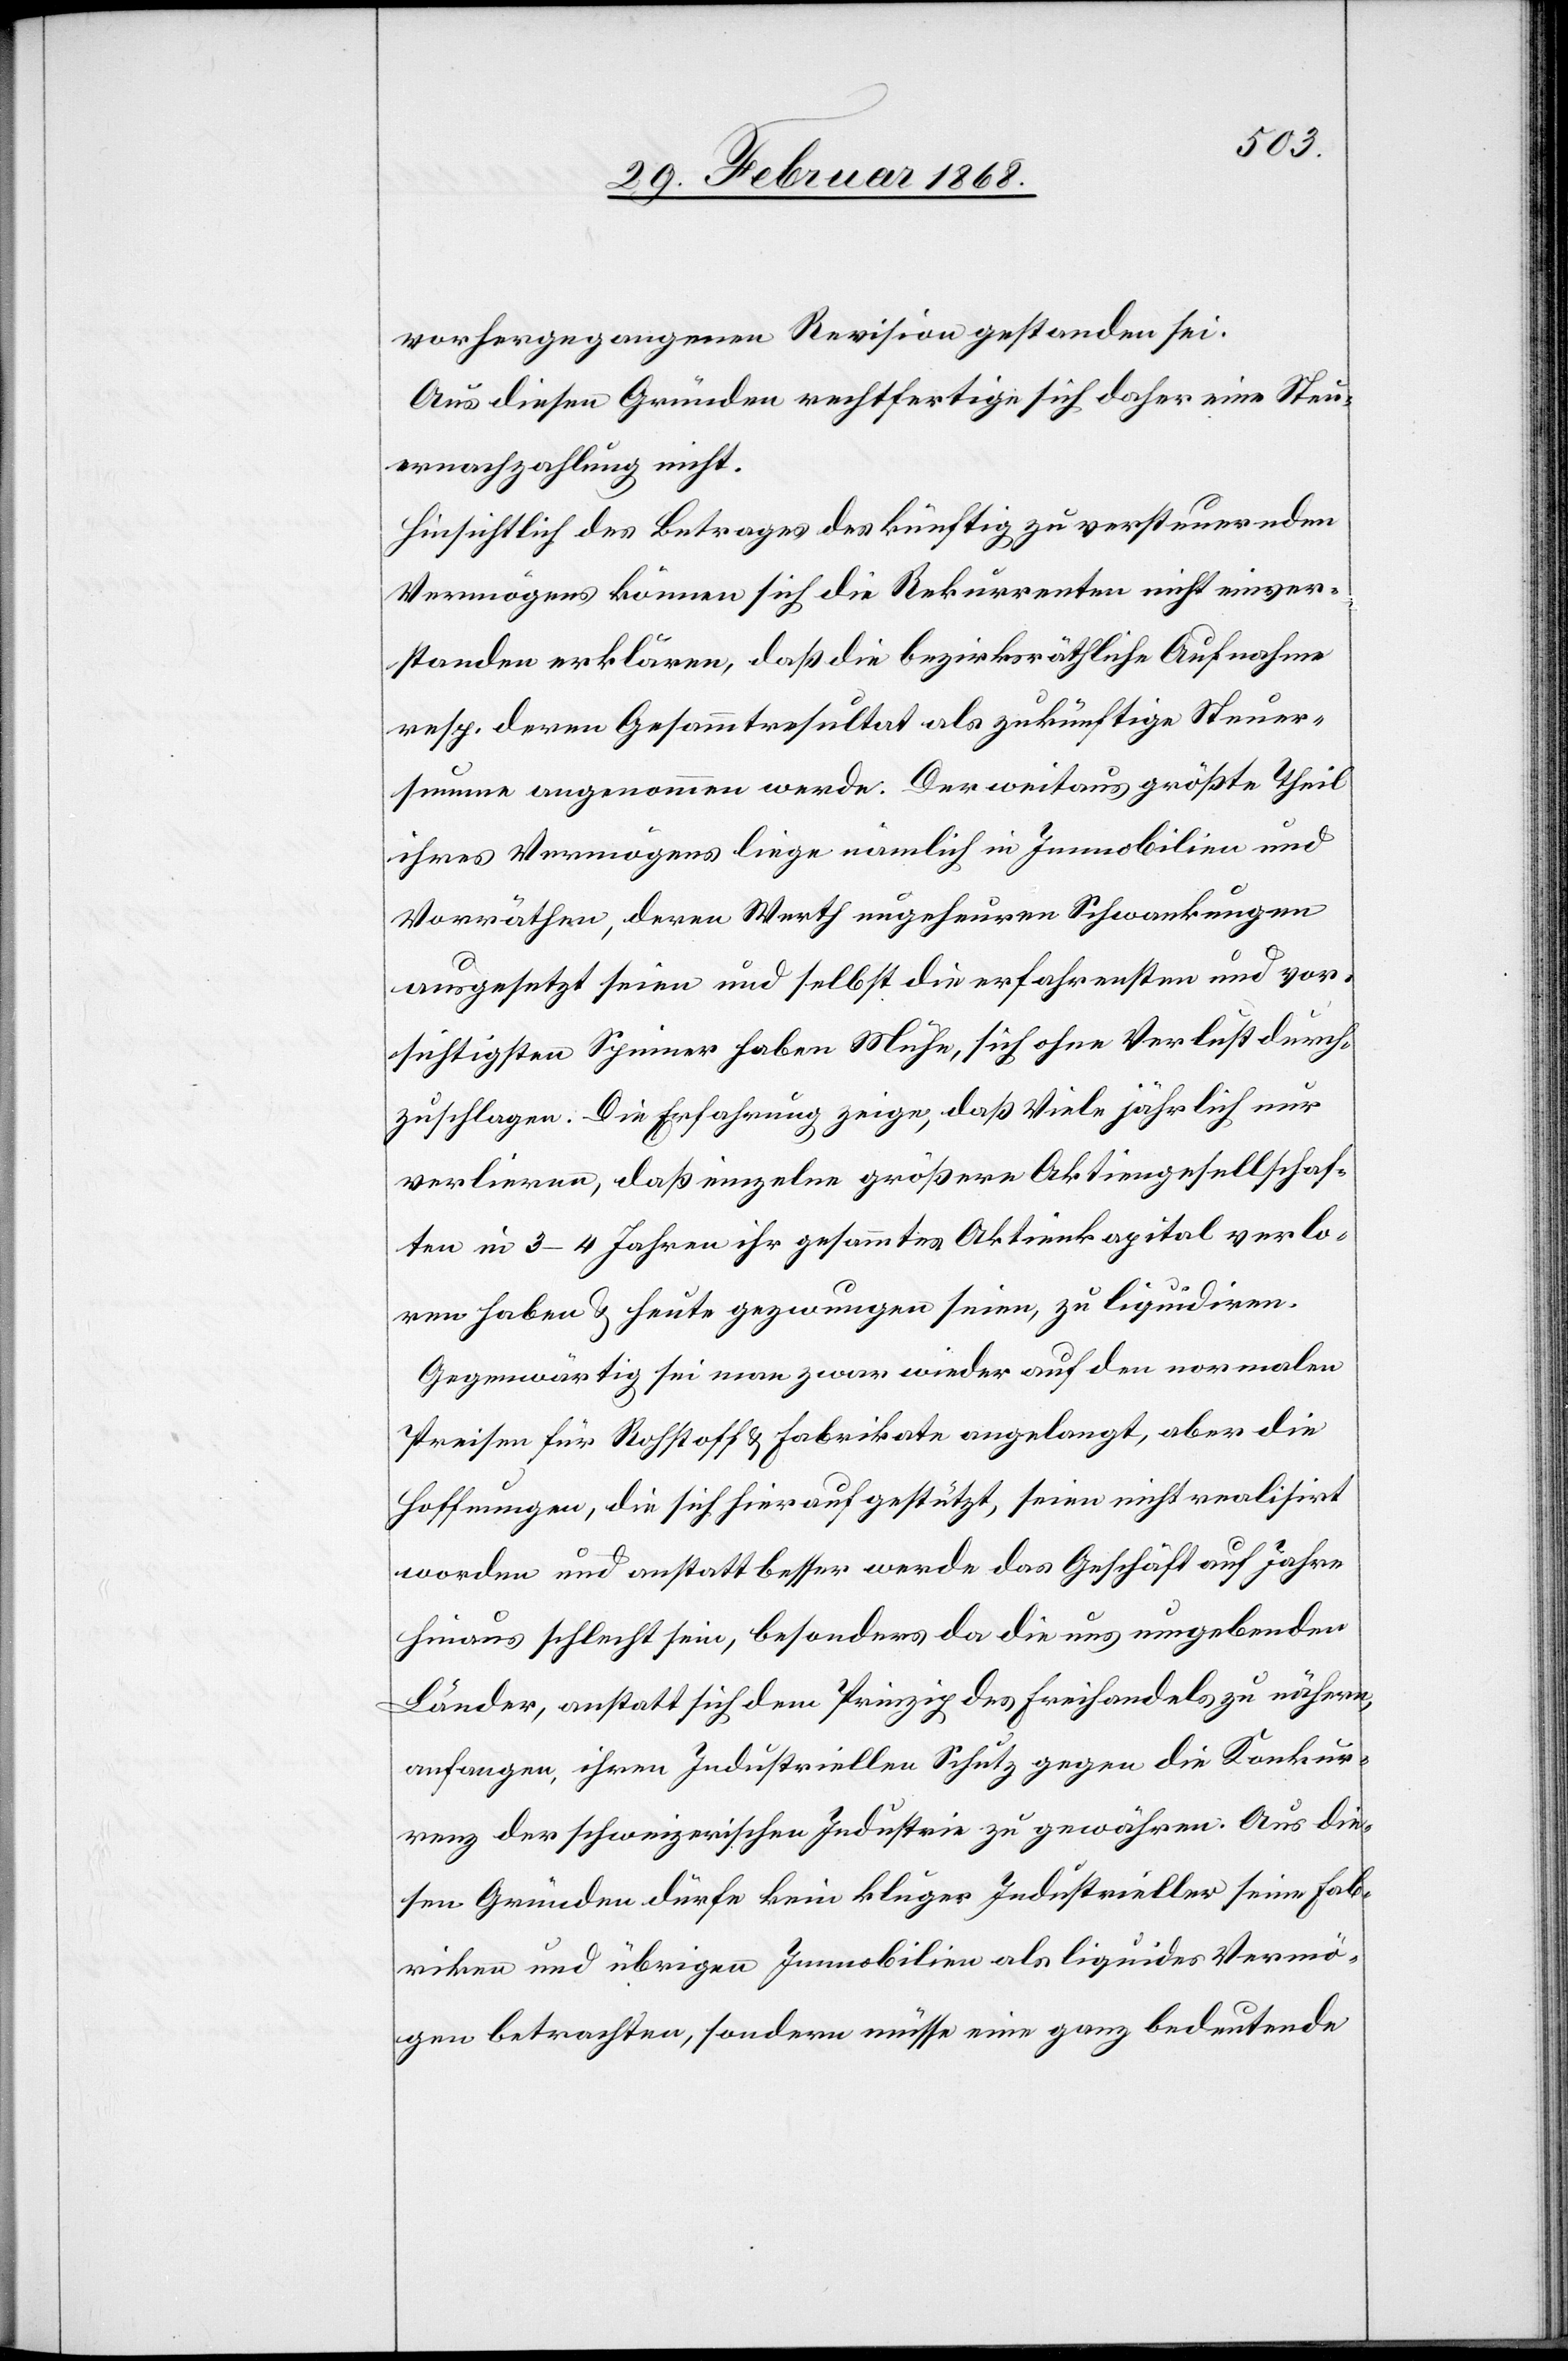
vorhergegangenen Revision gestanden sei.
Aus diesen Gründen rechtfertige sich daher eine Steu¬
ernachzahlung nicht.
Hinsichtlich des Betrages des künftig zu versteuernden
Vermögens können sich die Rekurrenten nicht einver¬
standen erklären, daß die bezirksräthliche Aufnahme
resp. deren Gesammtresultat als zukünftige Steuer¬
summe angenommen werde. Der weitaus größte Theil
ihres Vermögens liege nämlich in Immobilien und
Vorräthen, deren Werth ungeheuren Schwankungen
ausgesetzt seien [sic!] und selbst die erfahrensten und vor¬
sichtigsten Spinner haben Mühe, sich ohne Verlust durch¬
zuschlagen. Die Erfahrung zeige, daß Viele jährlich nur
verlieren, daß einzelne größere Aktiengesellschaf¬
ten in 3–4 Jahren ihr gesammtes Aktienkapital verlo¬
ren haben & heute gezwungen seien, zu liquidiren.
Gegenwärtig sei man zwar wieder auf den normalen
Preisen für Rohstoff & Fabrikate angelangt, aber die
Hoffnungen, die sich hierauf gestützt, seien nicht realisirt
worden und anstatt besser werde das Geschäft auf Jahre
hinaus schlecht sein, besonders da die uns umgebenden
Länder, anstatt sich dem Prinzip des Freihandels zu nähern,
anfangen, ihren Industriellen Schutz gegen die Konkur¬
renz der schweizerischen Industrie zu gewähren. Aus die¬
sen Gründen dürfe kein kluger Industrieller seine Fab¬
riken und übrigen Immobilien als liquides Vermö¬
gen betrachten, sondern müsse eine ganz bedeutende